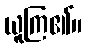
ယူကြ၏။